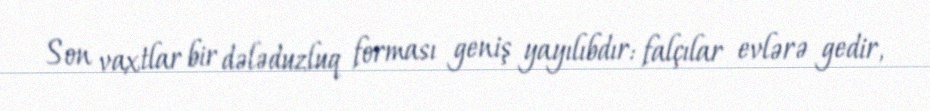
Son vaxtlar bir dələduzluq forması geniş yayılıbdır: falçılar evlərə gedir,